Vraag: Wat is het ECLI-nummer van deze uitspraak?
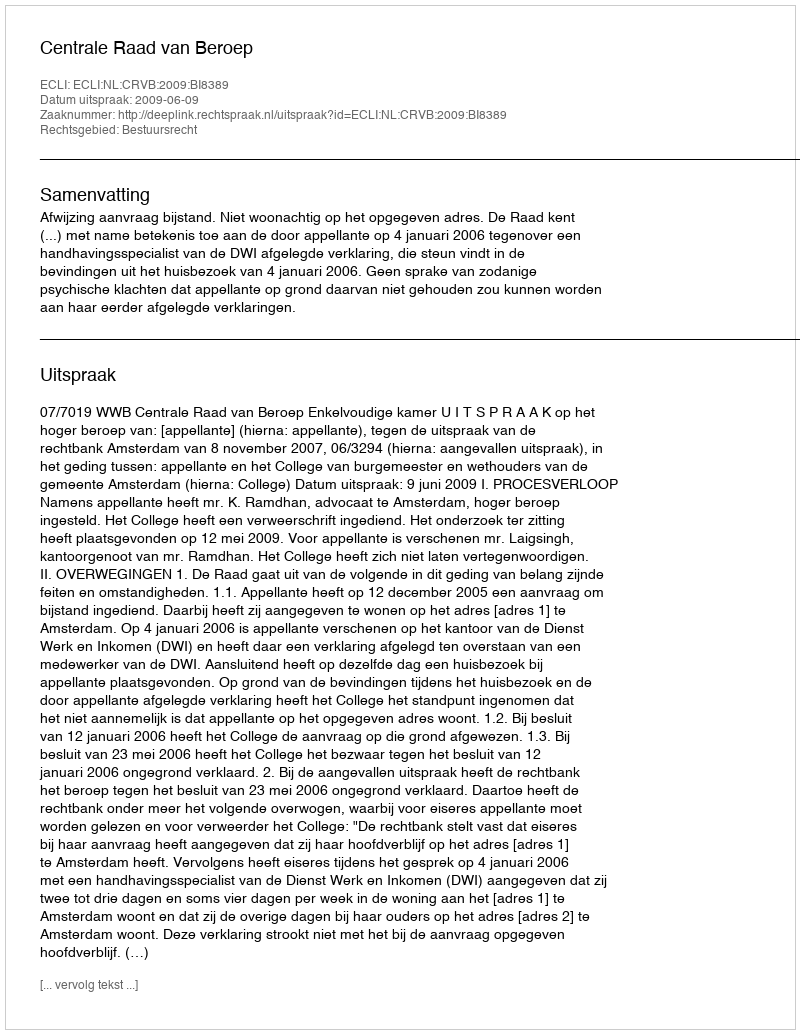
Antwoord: ECLI:NL:CRVB:2009:BI8389